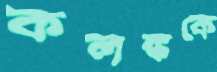
কলঙ্ককে